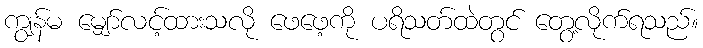
ကျွန်မ မျှော်လင့်ထားသလို ဖေဖေ့ကို ပရိသတ်ထဲတွင် တွေ့လိုက်ရသည်။